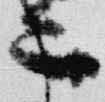
二